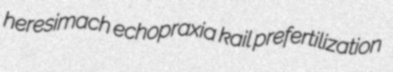
heresimach echopraxia kail prefertilization